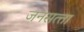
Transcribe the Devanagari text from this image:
जनसत्‍ता